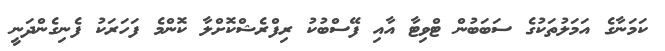
ކަމަނާގެ އަމަލުތަކުގެ ސަބަބުން ޓްވިޓާ އާއި ފޭސްބުކު ރިފްރެޝްކޮށްލާ ކޮންމެ ފަހަރަކު ފެނިގެންދަނީ